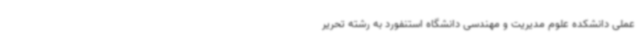
عملی دانشکده‌ علوم مدیریت و مهندسی دانشگاه استنفورد به رشته تحریر